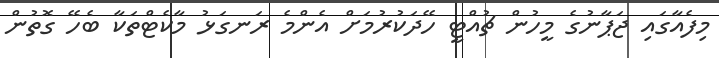
މިފެއާގައި ޖަޕާނުގެ މީހުން ޗުއްޓީ ހޭދަކުރުމަށް އެންމެ ރަނގަޅު މާކެޓްތަކާ ބެހޭ ގޮތުން